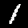
Digit: 1